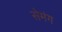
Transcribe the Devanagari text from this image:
सेमंग